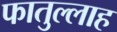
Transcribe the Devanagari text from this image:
फातुल्लाह